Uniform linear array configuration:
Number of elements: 32
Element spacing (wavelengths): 0.25
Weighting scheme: kaiser
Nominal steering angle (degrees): -60
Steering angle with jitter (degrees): -59.118
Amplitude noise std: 0.05
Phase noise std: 0.05

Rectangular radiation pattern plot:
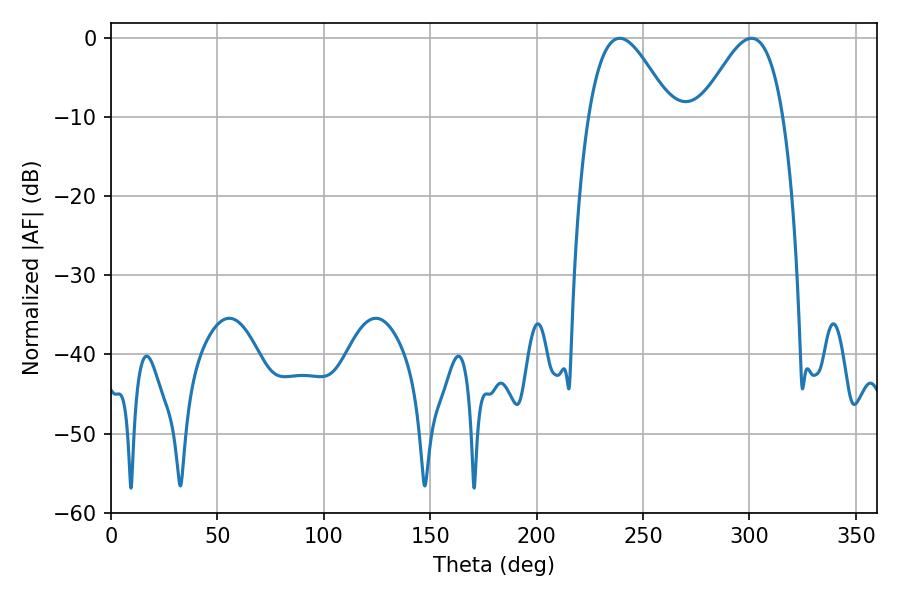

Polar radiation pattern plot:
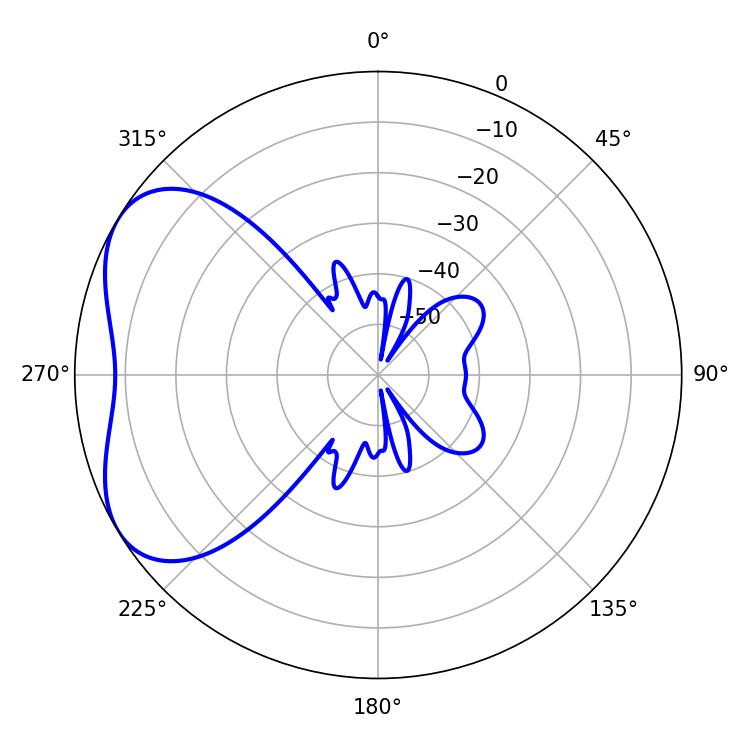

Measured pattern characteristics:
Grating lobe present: FALSE
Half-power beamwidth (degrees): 21.06
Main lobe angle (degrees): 239.04